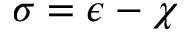
\sigma = \epsilon - \chi